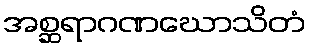
အစ္ဆရာဂဏဃောသိတံ